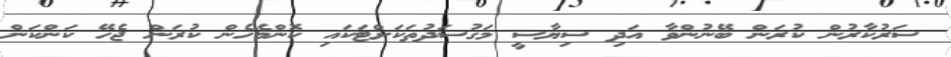
ސަރުކާރުން ކުރަން ބޭނުންވާ އަދި ސިޔާސީ މަގުސަދުތަކަށްޓަކައި ކޮންމެހެން ކުރަން ޖެހޭ ކަންކަން